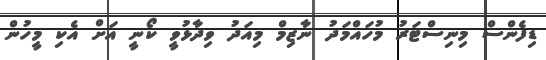
ޑިފެންސް މިނިސްޓަރު މުހައްމަދު ނާޒިމް މިއަދު ވިދާޅުވީ ކޯނީ އަށް އެކި މީހުން